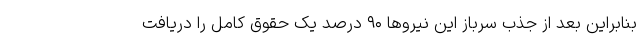
بنابراین بعد از جذب سرباز این نیروها ۹۰ درصد یک حقوق کامل را دریافت